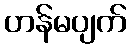
ဟန်မပျက်